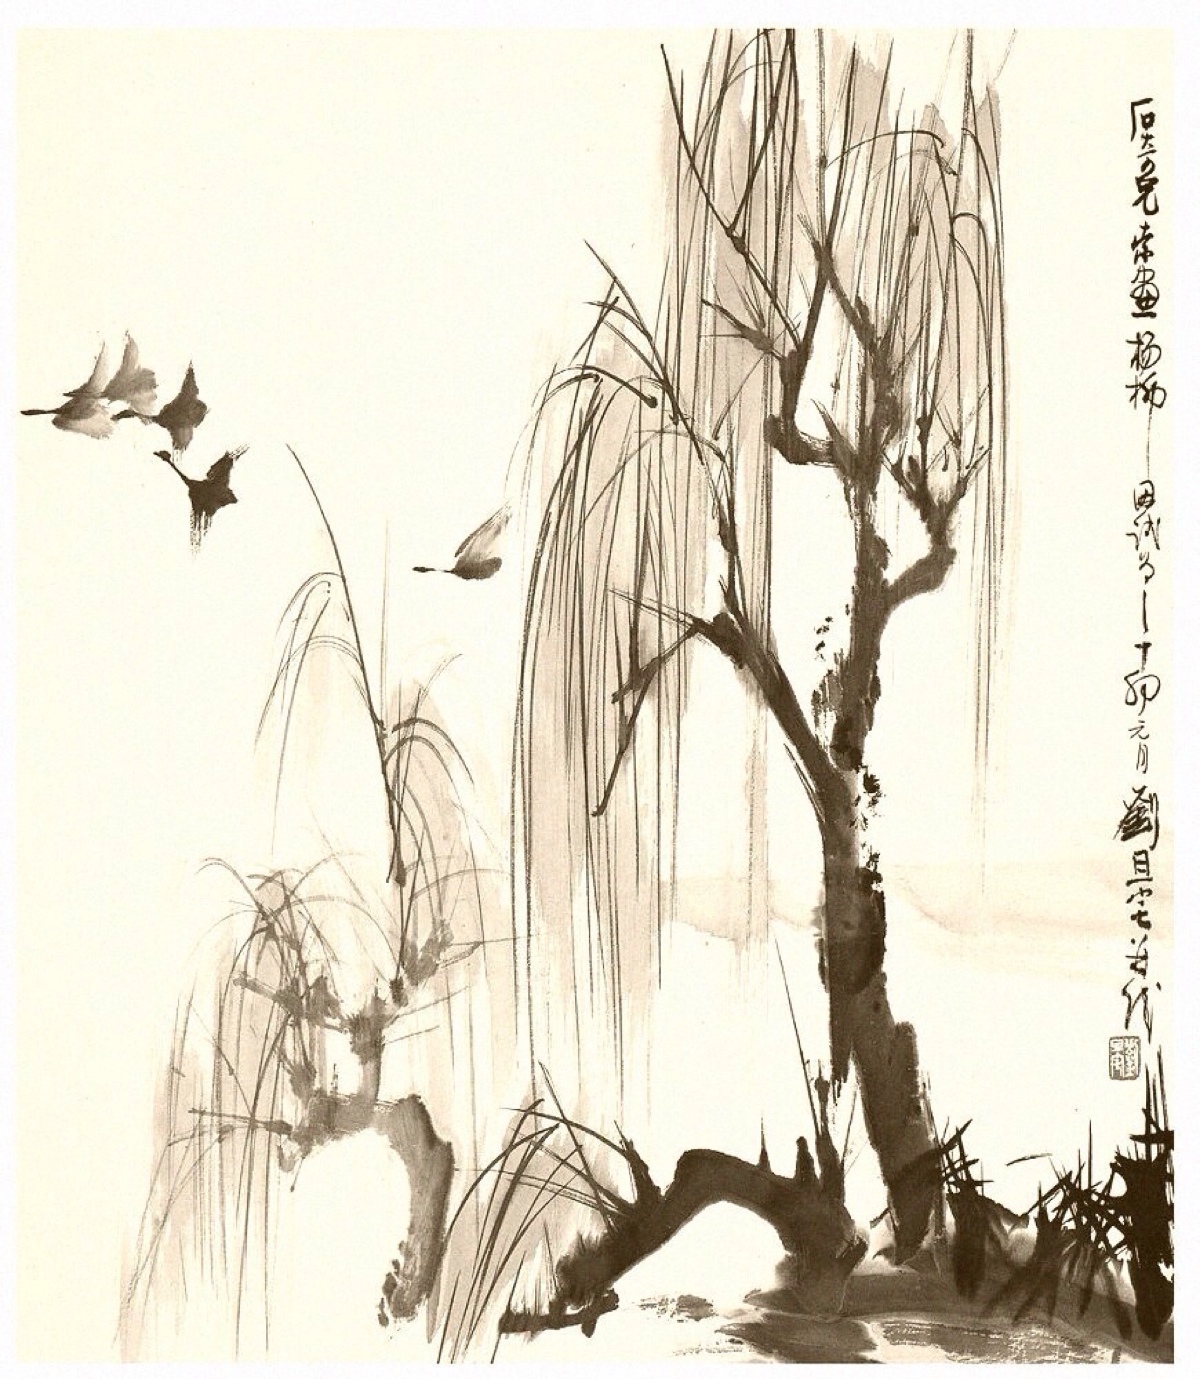
正雁水夜清，卧虹平帖。